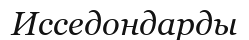
Исседондарды